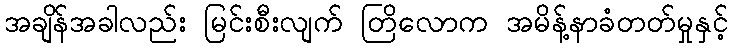
အချိန်အခါလည်း မြင်းစီးလျက် တြိလောက အမိန့်နာခံတတ်မှုနှင့်